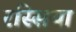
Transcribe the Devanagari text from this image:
रस्सिया